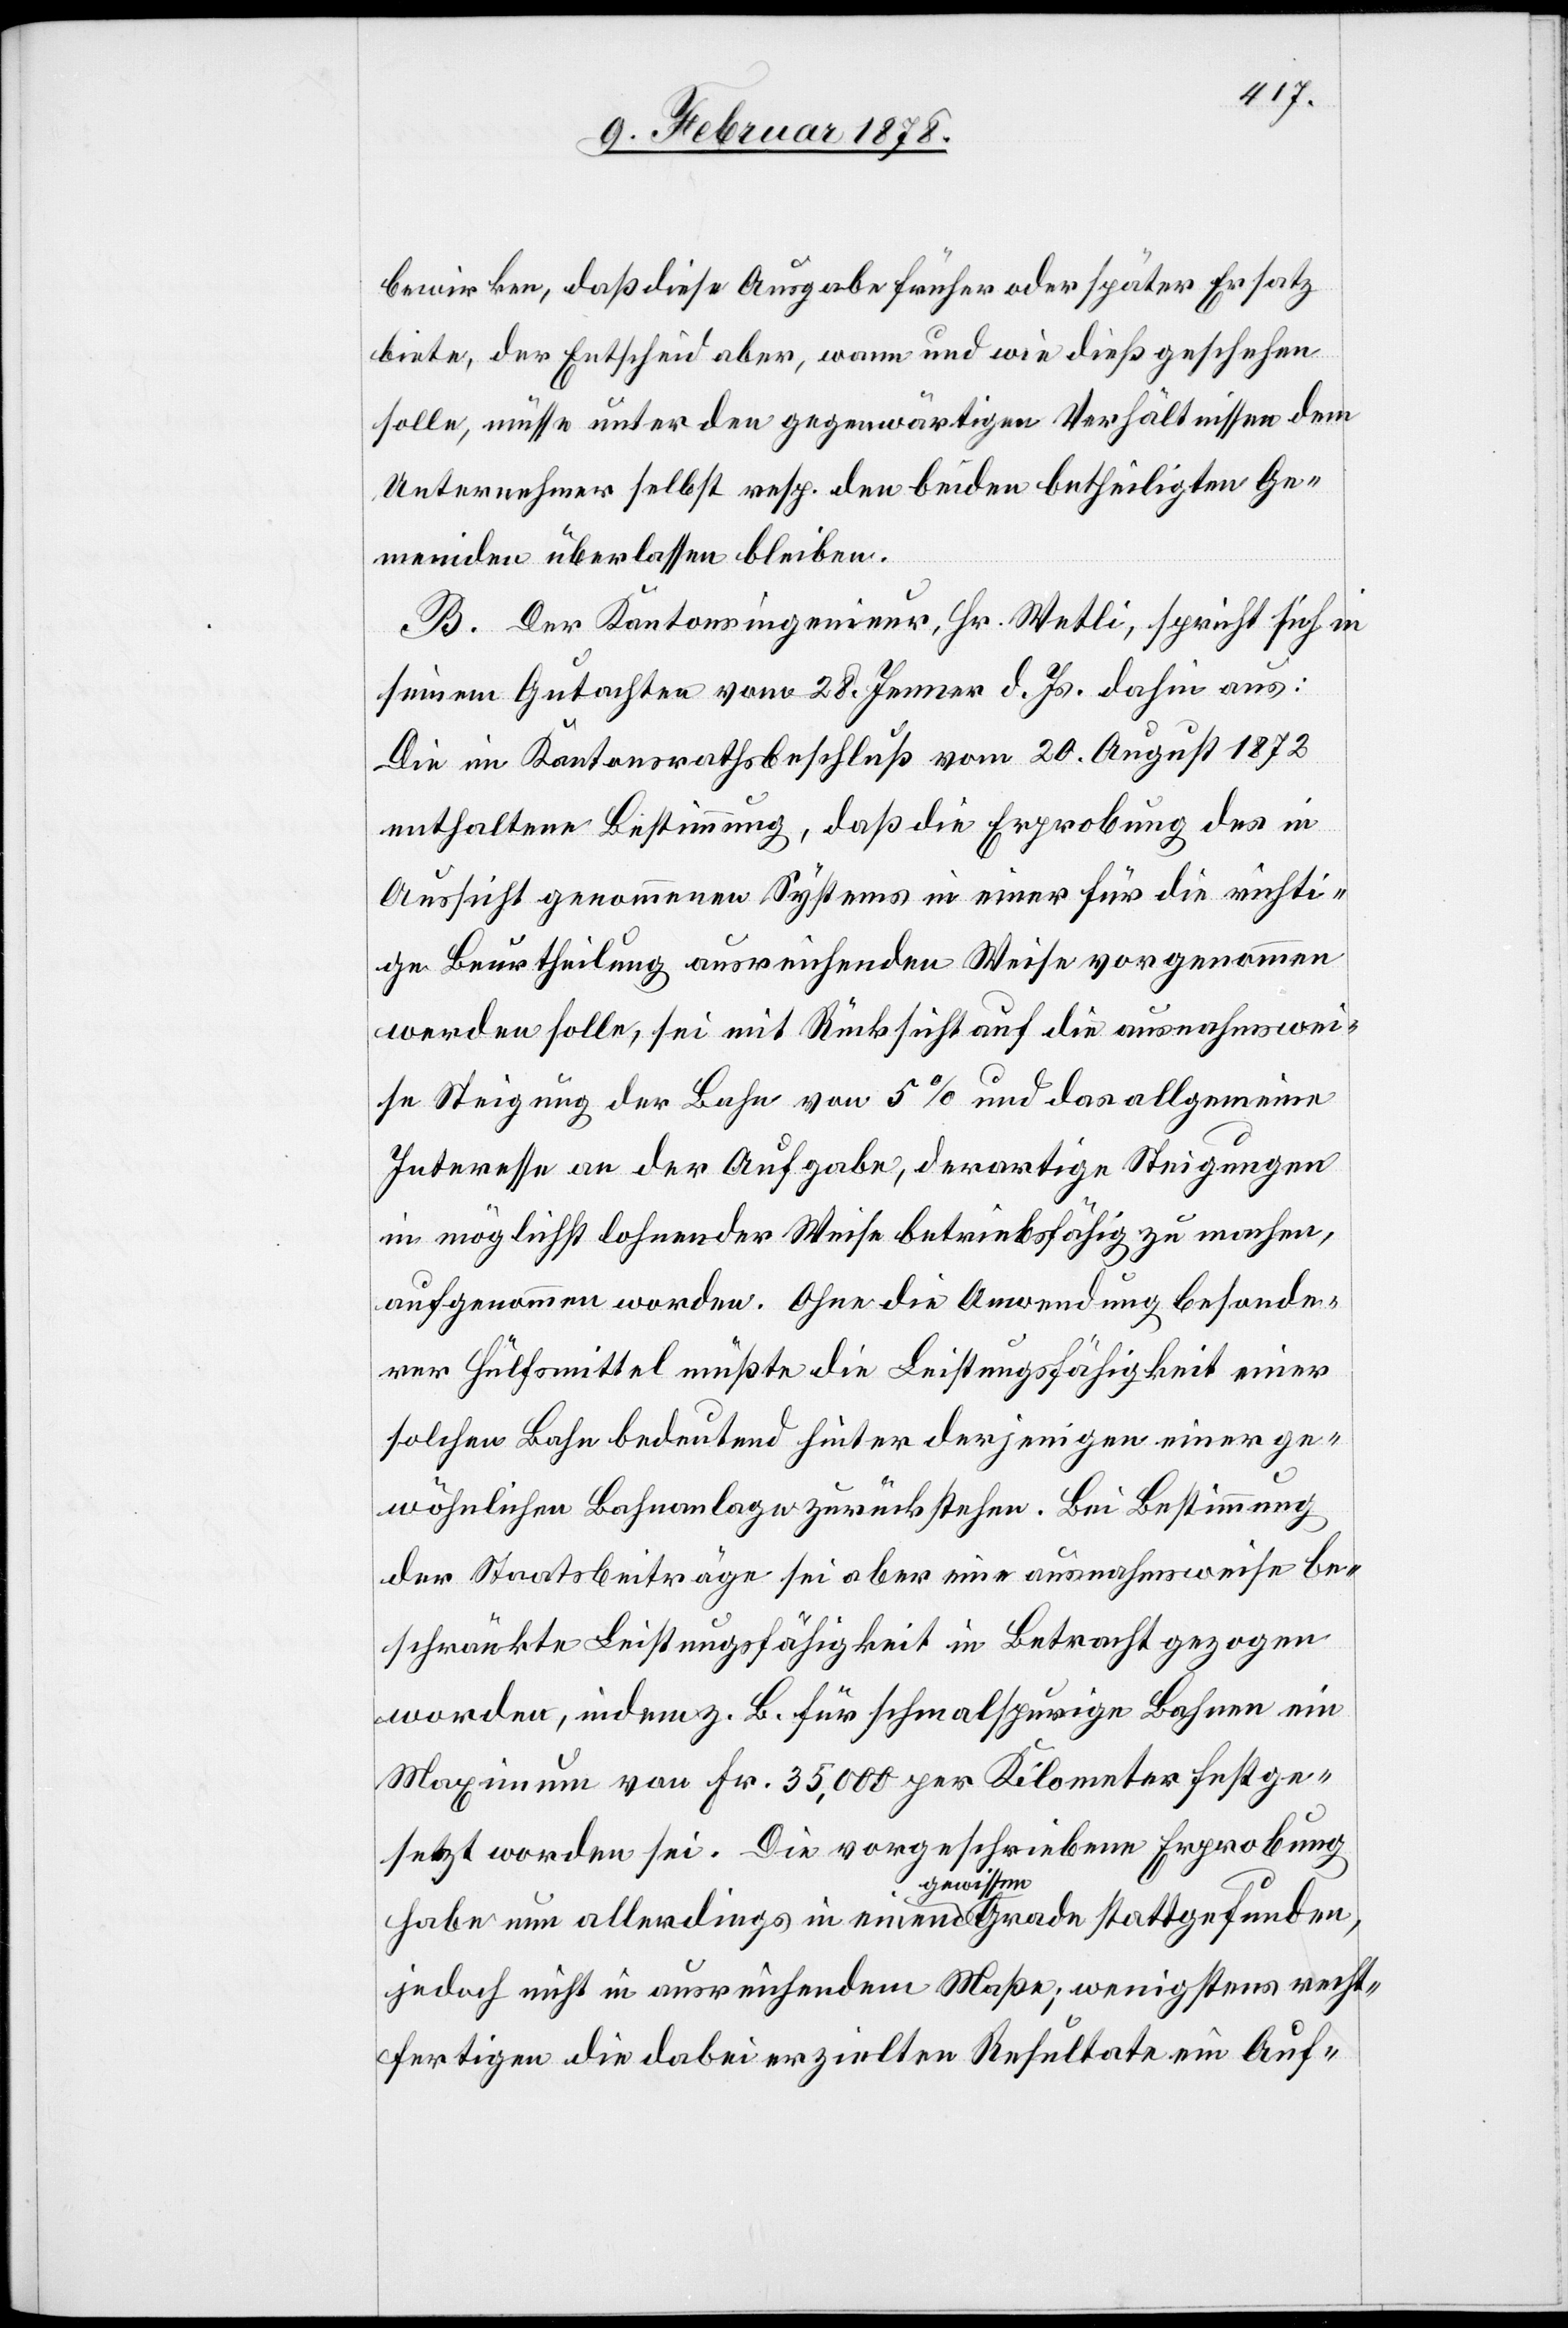
bewirken, daß diese Ausgabe früher oder später Ersatz
biete, der Entscheid aber, wann und wie dieß geschehen
solle, müsse unter den gegenwärtigen Verhältnissen dem
Unternehmer selbst resp. den beiden betheiligten Ge¬
meinden überlassen bleiben.
B. Der Kantonsingenieur, Hr. Wetli, spricht sich in
seinem Gutachten vom 28. Jenner d. Js. dahin aus:
Die im Kantonsrathsbeschluß vom 20. August 1873
enthaltene Bestimmung, daß die Erprobung des in
Aussicht genommenen Systems in einer für die richti¬
ge Beurtheilung ausreichenden Weise vorgenommen
werden solle, sei mit Rücksicht auf die ausnahmswei¬
se Steigung der Bahn von 5% und das allgemeine
Interesse an der Aufgabe, derartige Steigungen
in möglichst lohnender Weise betriebsfähig zu machen,
aufgenommen worden. Ohne die Anwendung besonde¬
rer Hülfsmittel müßte die Leistungsfähigkeit einer
solchen Bahn bedeutend hinter derjenigen einer ge¬
wöhnlichen Bahnanlage zurückstehen. Bei Bestimmung
der Staatsbeiträge sei aber eine ausnahmsweise be¬
schränkte Leistungsfähigkeit in Betracht gezogen
worden, indem z. B. für schmalspurige Bahnen ein
Maximum von Fr. 35,000 per Kilometer festge¬
setzt worden sei. Die vorgeschriebene Erprobung
habe nun allerdings in einem a-gewissen-a Grade stattgefunden,
jedoch nicht in ausreichendem Maße, wenigstens recht¬
fertigen die dabei erzielten Resultate ein Auf-